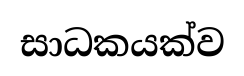
සාධකයක්ව